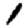
Digit: 1